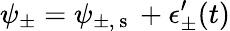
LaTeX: \psi_{\pm}=\psi_{\pm,\mathrm{~s~}}+\epsilon_{\pm}^{\prime}(t)